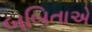
બબિતાએ